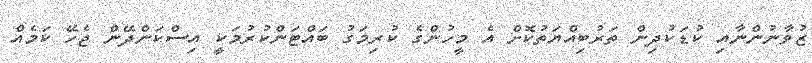
ޒުވާނުންނާއި ކުޑަކުދިން ތަރުބިއްޔަތުކޮށް އެ މީހުންގެ ކުރިމަގު ބައްޓަންކުރުމަކީ އިސްކަންދޭން ޖެހޭ ކަމެއް